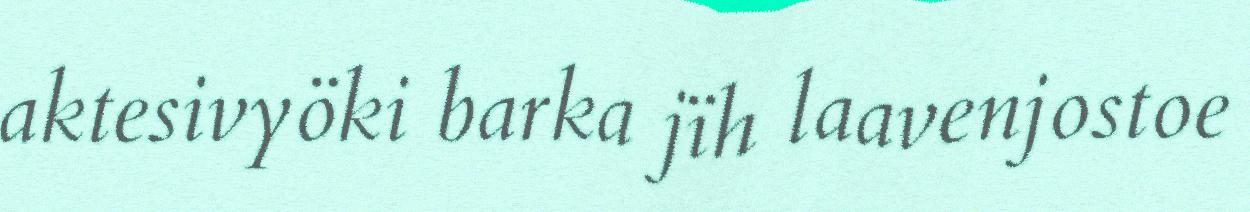
aktesivyöki barka jïh laavenjostoe